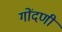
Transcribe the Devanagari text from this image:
गोंदणी